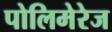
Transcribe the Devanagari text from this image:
पोलिमेरेज